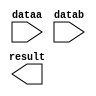
// megafunction wizard: %LPM_MULT%VBB%
// GENERATION: STANDARD
// VERSION: WM1.0
// MODULE: lpm_mult 

// ============================================================
// Megafunction Name(s):
// 			lpm_mult
//
// Simulation Library Files(s):
// 			lpm
// ============================================================
// ************************************************************
// THIS IS A WIZARD-GENERATED FILE. DO NOT EDIT THIS FILE!
//
// 13.0.1 Build 232 06/12/2013 SP 1 SJ Web Edition
// ************************************************************

//Copyright (C) 1991-2013 Altera Corporation
//Your use of Altera Corporation's design tools, logic functions 
//and other software and tools, and its AMPP partner logic 
//functions, and any output files from any of the foregoing 
//(including device programming or simulation files), and any 
//associated documentation or information are expressly subject 
//to the terms and conditions of the Altera Program License 
//Subscription Agreement, Altera MegaCore Function License 
//Agreement, or other applicable license agreement, including, 
//without limitation, that your use is for the sole purpose of 
//programming logic devices manufactured by Altera and sold by 
//Altera or its authorized distributors.  Please refer to the 
//applicable agreement for further details.

module multiplier (
	dataa,
	datab,
	result);

	input	[15:0]  dataa;
	input	[15:0]  datab;
	output	[31:0]  result;

endmodule

// ============================================================
// CNX file retrieval info
// ============================================================
// Retrieval info: PRIVATE: AutoSizeResult NUMERIC "1"
// Retrieval info: PRIVATE: B_isConstant NUMERIC "0"
// Retrieval info: PRIVATE: ConstantB NUMERIC "0"
// Retrieval info: PRIVATE: INTENDED_DEVICE_FAMILY STRING "Cyclone II"
// Retrieval info: PRIVATE: LPM_PIPELINE NUMERIC "0"
// Retrieval info: PRIVATE: Latency NUMERIC "0"
// Retrieval info: PRIVATE: SYNTH_WRAPPER_GEN_POSTFIX STRING "0"
// Retrieval info: PRIVATE: SignedMult NUMERIC "0"
// Retrieval info: PRIVATE: USE_MULT NUMERIC "1"
// Retrieval info: PRIVATE: ValidConstant NUMERIC "0"
// Retrieval info: PRIVATE: WidthA NUMERIC "16"
// Retrieval info: PRIVATE: WidthB NUMERIC "16"
// Retrieval info: PRIVATE: WidthP NUMERIC "32"
// Retrieval info: PRIVATE: aclr NUMERIC "0"
// Retrieval info: PRIVATE: clken NUMERIC "0"
// Retrieval info: PRIVATE: new_diagram STRING "1"
// Retrieval info: PRIVATE: optimize NUMERIC "0"
// Retrieval info: LIBRARY: lpm lpm.lpm_components.all
// Retrieval info: CONSTANT: LPM_HINT STRING "MAXIMIZE_SPEED=5"
// Retrieval info: CONSTANT: LPM_REPRESENTATION STRING "UNSIGNED"
// Retrieval info: CONSTANT: LPM_TYPE STRING "LPM_MULT"
// Retrieval info: CONSTANT: LPM_WIDTHA NUMERIC "16"
// Retrieval info: CONSTANT: LPM_WIDTHB NUMERIC "16"
// Retrieval info: CONSTANT: LPM_WIDTHP NUMERIC "32"
// Retrieval info: USED_PORT: dataa 0 0 16 0 INPUT NODEFVAL "dataa[15..0]"
// Retrieval info: USED_PORT: datab 0 0 16 0 INPUT NODEFVAL "datab[15..0]"
// Retrieval info: USED_PORT: result 0 0 32 0 OUTPUT NODEFVAL "result[31..0]"
// Retrieval info: CONNECT: @dataa 0 0 16 0 dataa 0 0 16 0
// Retrieval info: CONNECT: @datab 0 0 16 0 datab 0 0 16 0
// Retrieval info: CONNECT: result 0 0 32 0 @result 0 0 32 0
// Retrieval info: GEN_FILE: TYPE_NORMAL multiplier.v TRUE
// Retrieval info: GEN_FILE: TYPE_NORMAL multiplier.inc FALSE
// Retrieval info: GEN_FILE: TYPE_NORMAL multiplier.cmp FALSE
// Retrieval info: GEN_FILE: TYPE_NORMAL multiplier.bsf FALSE
// Retrieval info: GEN_FILE: TYPE_NORMAL multiplier_inst.v FALSE
// Retrieval info: GEN_FILE: TYPE_NORMAL multiplier_bb.v TRUE
// Retrieval info: LIB_FILE: lpm